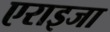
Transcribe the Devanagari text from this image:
एराइजा